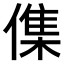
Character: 𠍱